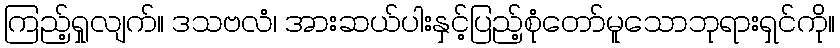
ကြည့်ရှုလျက်။ ဒသဗလံ၊ အားဆယ်ပါးနှင့်ပြည့်စုံတော်မူသောဘုရားရှင်ကို။